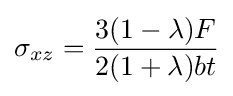
\sigma _{xz}={\frac {3(1-\lambda )F}{2(1+\lambda )bt}}